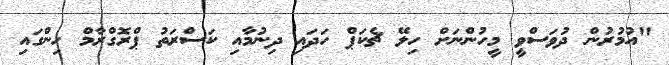
"އުމުރުން ދުވަސްވީ މީހުންނަށް ހިލޭ ޗެކަޕް ހަދައި ދިނުމާއި ކަސްރަތު ޕްރޮގްރާމް ހިންގައި